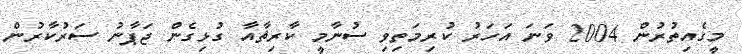
މީގެއިތުރުން 2004 ވަނަ އަހަރު ކުރިމަތިވި ސުނާމީ ކާރިޘާއާ ގުޅިގެން ޖަޕާނު ސަރުކާރުން